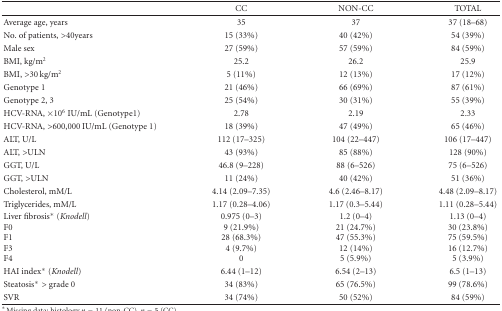
<table><thead><tr><td></td><td><b>CC</b></td><td><b>NON-CC</b></td><td><b>TOTAL</b></td></tr></thead><tbody><tr><td>Average age, years</td><td>35</td><td>37</td><td>37 (18–68)</td></tr><tr><td>No. of patients, &gt;40years</td><td>15 (33%)</td><td>40 (42%)</td><td>54 (39%)</td></tr><tr><td>Male sex</td><td>27 (59%)</td><td>57 (59%)</td><td>84 (59%)</td></tr><tr><td>BMI, kg/m<sup>2</sup></td><td>25.2</td><td>26.2</td><td>25.9</td></tr><tr><td>BMI, &gt;30 kg/m<sup>2</sup></td><td>5 (11%)</td><td>12 (13%)</td><td>17 (12%)</td></tr><tr><td>Genotype 1</td><td>21 (46%)</td><td>66 (69%)</td><td>87 (61%)</td></tr><tr><td>Genotype 2, 3</td><td>25 (54%)</td><td>30 (31%)</td><td>55 (39%)</td></tr><tr><td>HCV-RNA, ×10<sup>6</sup> IU/mL (Genotype1)</td><td>2.78</td><td>2.19</td><td>2.33</td></tr><tr><td>HCV-RNA, &gt;600,000 IU/mL (Genotype 1)</td><td>18 (39%)</td><td>47 (49%)</td><td>65 (46%)</td></tr><tr><td>ALT, U/L</td><td>112 (17–325)</td><td>104 (22–447)</td><td>106 (17–447)</td></tr><tr><td>ALT, &gt;ULN</td><td>43 (93%)</td><td>85 (88%)</td><td>128 (90%)</td></tr><tr><td>GGT, U/L</td><td>46.8 (9–228)</td><td>88 (6–526)</td><td>75 (6–526)</td></tr><tr><td>GGT, &gt;ULN</td><td>11 (24%)</td><td>40 (42%)</td><td>51 (36%)</td></tr><tr><td>Cholesterol, mM/L</td><td>4.14 (2.09–7.35)</td><td>4.6 (2.46–8.17)</td><td>4.48 (2.09–8.17)</td></tr><tr><td>Triglycerides, mM/L</td><td>1.17 (0.28–4.06)</td><td>1.17 (0.3–5.44)</td><td>1.11 (0.28–5.44)</td></tr><tr><td>Liver fibrosis* (<i>Knodell</i>)F0 F1 F3 F4</td><td>0.975 (0–3) 9 (21.9%) 28 (68.3%) 4 (9.7%) 0</td><td>1.2 (0–4)21 (24.7%) 47 (55.3%) 12 (14%) 5 (5.9%)</td><td>1.13 (0–4)30 (23.8%) 75 (59.5%) 16 (12.7%) 5 (3.9%)</td></tr><tr><td>HAI index* (<i>Knodell</i>)</td><td>6.44 (1–12)</td><td>6.54 (2–13)</td><td>6.5 (1–13)</td></tr><tr><td>Steatosis* &gt; grade 0</td><td>34 (83%)</td><td>65 (76.5%)</td><td>99 (78.6%)</td></tr><tr><td>SVR</td><td>34 (74%)</td><td>50 (52%)</td><td>84 (59%)</td></tr></tbody></table>